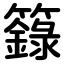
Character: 籙